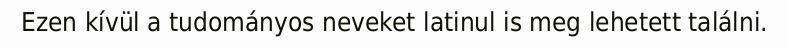
Ezen kívül a tudományos neveket latinul is meg lehetett találni.